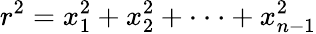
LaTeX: r^{2}=x_{1}^{2}+x_{2}^{2}+\cdot\cdot\cdot+x_{n-1}^{2}